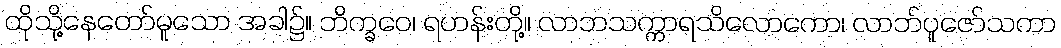
ထိုသို့နေတော်မူသော အခါ၌။ ဘိက္ခဝေ၊ ရဟန်းတို့။ လာဘသက္ကာရသိလောကော၊ လာဘ်ပူဇော်သကာ